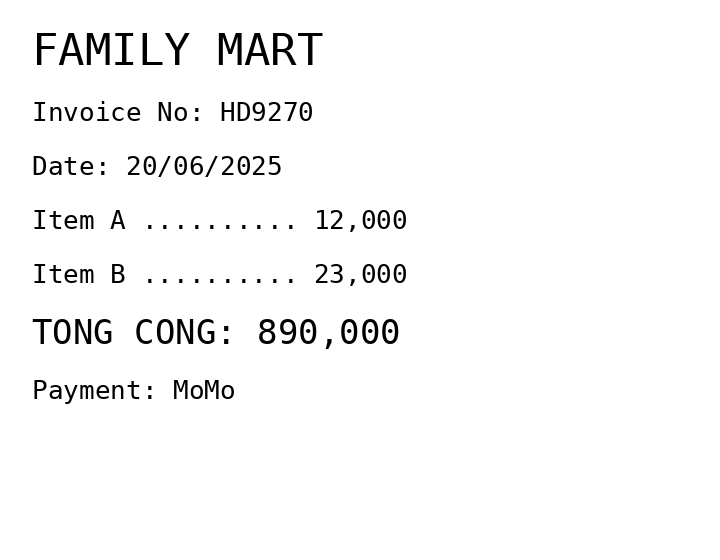
FAMILY MART
Invoice No: HD9270
Date: 20/06/2025
Item A .......... 12,000
Item B .......... 23,000
TONG CONG: 890,000
Payment: MoMo
Merchant: family mart
Date: 2025-06-20
Total: 890000
Invoice No: HD9270
Payment method: MOMO